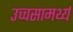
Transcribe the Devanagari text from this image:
उच्चसामर्थ्य